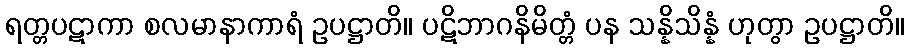
ရတ္တပဋာကာ စလမာနာကာရံ ဥပဋ္ဌာတိ။ ပဋိဘာဂနိမိတ္တံ ပန သန္နိသိန္နံ ဟုတွာ ဥပဋ္ဌာတိ။